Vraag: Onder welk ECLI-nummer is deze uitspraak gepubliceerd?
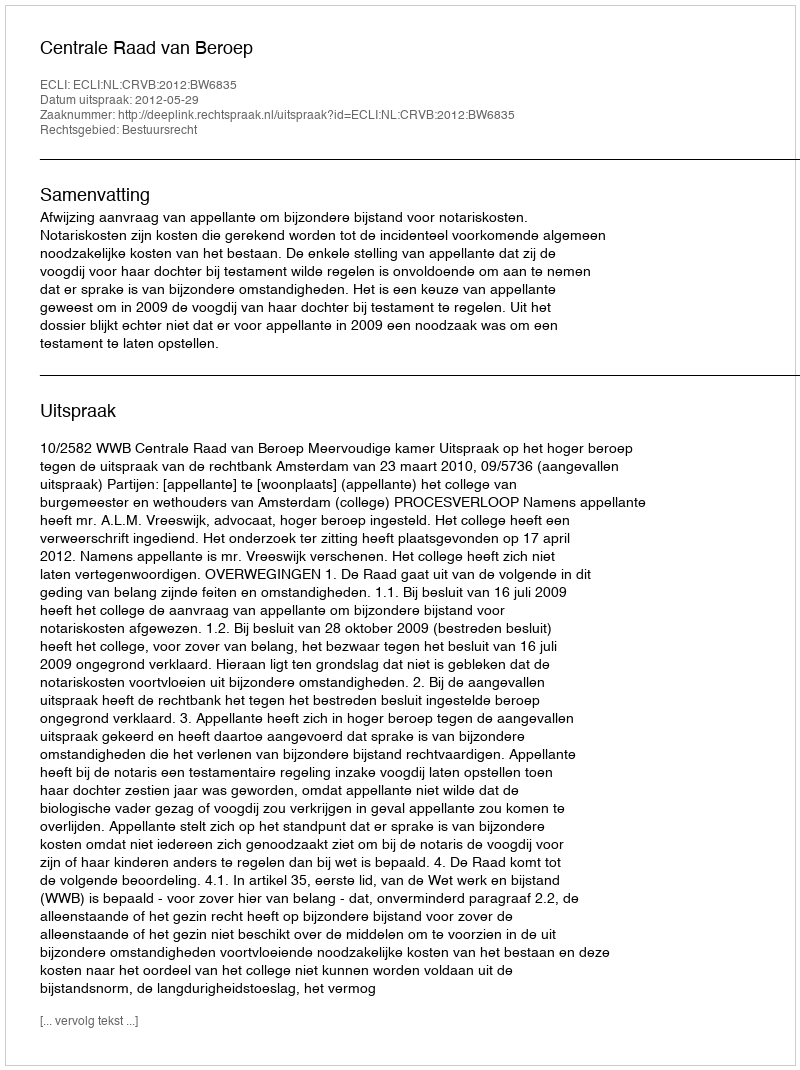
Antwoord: ECLI:NL:CRVB:2012:BW6835